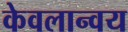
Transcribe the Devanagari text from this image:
केवलान्वय